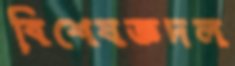
বিশেষজ্ঞদল